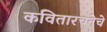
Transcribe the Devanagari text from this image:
कवितारचनेचे